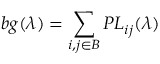
b g ( \lambda ) = \sum _ { i , j \in B } P L _ { i j } ( \lambda )